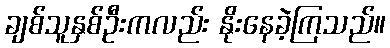
ချစ်သူနှစ်ဦးကလည်း နိုးနေခဲ့ကြသည်။